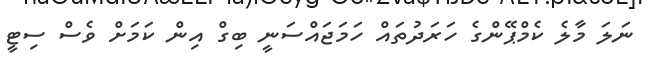
ނަލަ މާލެ ކެމްޕޭންގެ ހަރަދުތައް ހަމަޖައްސަނީ ބިގް އިން ކަމަށް ވެސް ސިޓީ